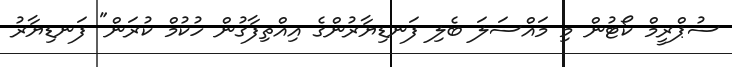
ސުޕްރީމް ކޯޓުން މި މައްސަލަ ބެލި ފަނޑިޔާރުންގެ އިއްތިފާގުން ހުކުމް ކުރަން" ފަނޑިޔާރު